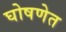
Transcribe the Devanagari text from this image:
घोषणेत